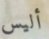
أليس